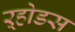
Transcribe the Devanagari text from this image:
ऱ्होडस